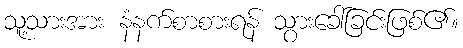
သူ့သားအား နံနက်စာစားရန် သွားခေါ်ခြင်းဖြစ်၏။